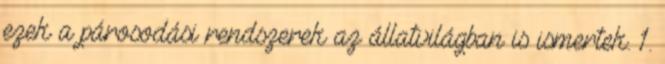
ezek a párosodási rendszerek az állatvilágban is ismertek. 1.